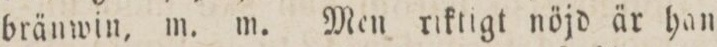
bränwin, m. m. Men riktigt nöjd är han